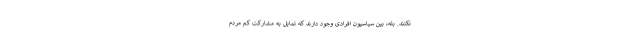
نکنند. بله، بین سیاسیون افرادی وجود دارند که تمایل به مشارکت کم مردم